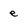
Character: e